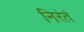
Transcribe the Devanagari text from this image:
निरंतं